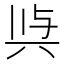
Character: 𭁉